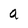
Character: a